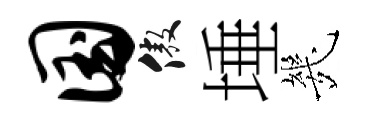
国傲埵㡬